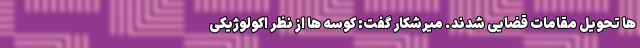
ها تحویل مقامات قضایی شدند. میرشکار گفت: کوسه ها از نظر اکولوژیکی